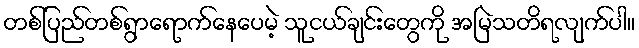
တစ်ပြည်တစ်ရွာရောက်နေပေမဲ့ သူငယ်ချင်းတွေကို အမြဲသတိရလျက်ပါ။